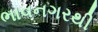
ભાવનગરથી